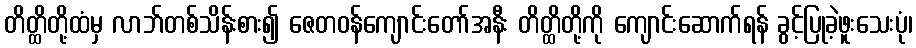
တိတ္ထိတို့ထံမှ လာဘ်တစ်သိန်းစား၍ ဇေတဝန်ကျောင်းတော်အနီး တိတ္ထိတို့ကို ကျောင်းဆောက်ရန် ခွင့်ပြုခဲ့ဖူးသေးပုံ၊